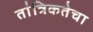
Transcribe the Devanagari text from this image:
तांत्रिकतेचा